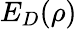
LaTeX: E_{D}(\rho)